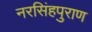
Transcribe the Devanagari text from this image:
नरसिंहपुराण